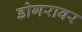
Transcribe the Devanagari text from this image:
डोगरावर